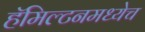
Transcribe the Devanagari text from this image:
हॅमिल्टनमध्येच